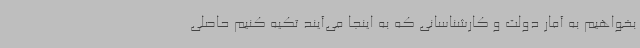
بخواهیم به آمار دولت و کارشناسانی که به اینجا می‌آیند تکیه کنیم حاصلی